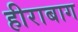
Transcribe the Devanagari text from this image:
हीराबाग